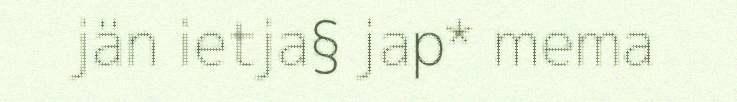
jän ietja§ jap* mema